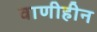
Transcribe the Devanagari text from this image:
वाणीहीन